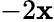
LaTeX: -2\mathbf{x}